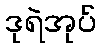
ဒုရဲအုပ်